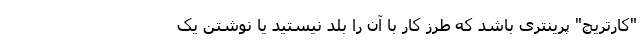
"کارتریج" پرینتری باشد که طرز کار با آن را بلد نیستید یا نوشتن یک